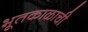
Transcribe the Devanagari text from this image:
भूतकाळाची